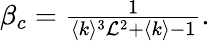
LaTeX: \begin{array}{r}{\beta_{c}=\frac{1}{\langle k\rangle^{3}\mathcal{L}^{2}+\langle k\rangle-1}.}\end{array}